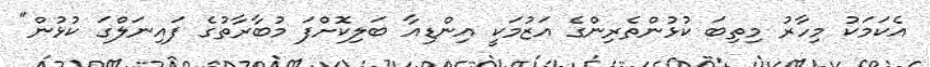
އެކަމަކު މިހާރު މިތިބަ ކުޅުންތެރިންގެ އަޒުމަކީ އިންޑިއާ ބަލިކޮށްފަ މުބާރާތުގެ ފައިނަލްގަ ކުޅުން"